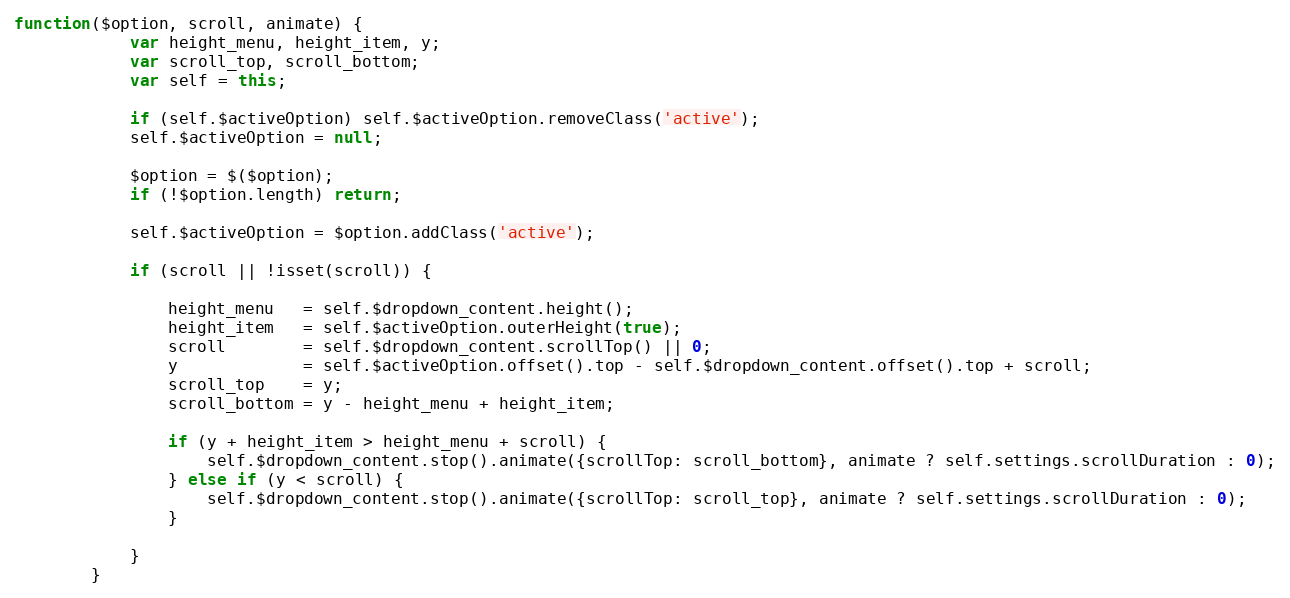
Language: JavaScript
function($option, scroll, animate) {
			var height_menu, height_item, y;
			var scroll_top, scroll_bottom;
			var self = this;

			if (self.$activeOption) self.$activeOption.removeClass('active');
			self.$activeOption = null;

			$option = $($option);
			if (!$option.length) return;

			self.$activeOption = $option.addClass('active');

			if (scroll || !isset(scroll)) {

				height_menu   = self.$dropdown_content.height();
				height_item   = self.$activeOption.outerHeight(true);
				scroll        = self.$dropdown_content.scrollTop() || 0;
				y             = self.$activeOption.offset().top - self.$dropdown_content.offset().top + scroll;
				scroll_top    = y;
				scroll_bottom = y - height_menu + height_item;

				if (y + height_item > height_menu + scroll) {
					self.$dropdown_content.stop().animate({scrollTop: scroll_bottom}, animate ? self.settings.scrollDuration : 0);
				} else if (y < scroll) {
					self.$dropdown_content.stop().animate({scrollTop: scroll_top}, animate ? self.settings.scrollDuration : 0);
				}

			}
		}